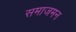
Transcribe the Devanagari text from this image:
समाजमन